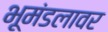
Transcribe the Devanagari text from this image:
भूमंडलावर